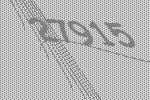
27915